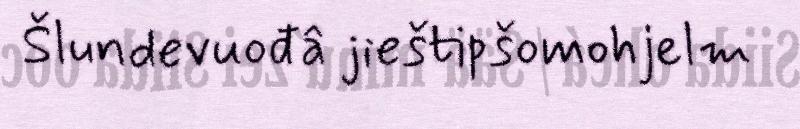
Šlundevuođâ jieštipšomohjelm